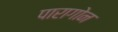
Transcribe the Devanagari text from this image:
पारागोन